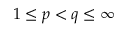
1 \leq p < q \leq \infty